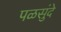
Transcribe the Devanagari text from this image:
पळसुंदे